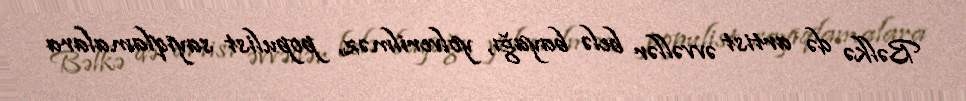
Bəlkə də artist əvvəllər belə bayağı, yolverilməz, populist sayıqlamalara